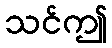
သင်ဤ